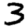
Digit: 3